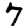
Digit: 7